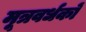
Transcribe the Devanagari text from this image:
मूत्रवर्धकों